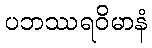
ပဘဿရဝိမာနံ